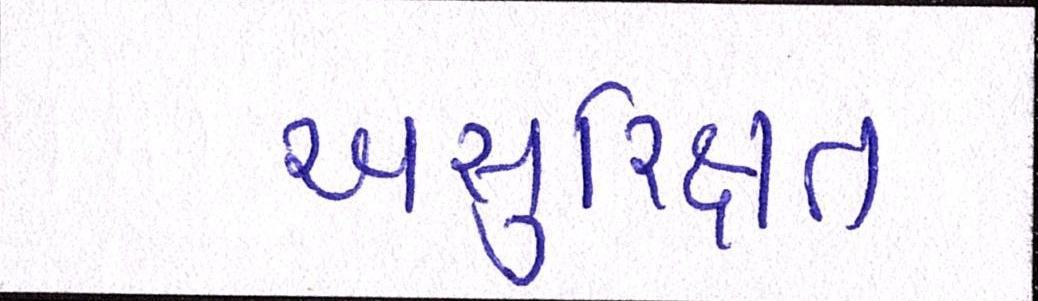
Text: અસુરિક્ષત